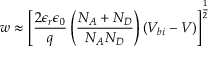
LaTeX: w \approx \left[ { \frac { 2 \epsilon _ { r } \epsilon _ { 0 } } { q } } \left( { \frac { N _ { A } + N _ { D } } { N _ { A } N _ { D } } } \right) \left( V _ { b i } - V \right) \right] ^ { \frac { 1 } { 2 } }